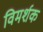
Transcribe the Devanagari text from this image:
विमर्शक